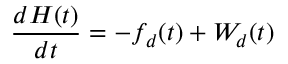
\frac { d H ( t ) } { d t } = - f _ { d } ( t ) + W _ { d } ( t )